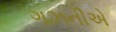
ગઝનીએ